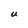
Character: U